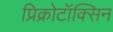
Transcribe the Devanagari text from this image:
प्रिक्रोटॉक्सिन